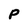
Character: P